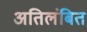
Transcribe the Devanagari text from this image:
अतिलंबित